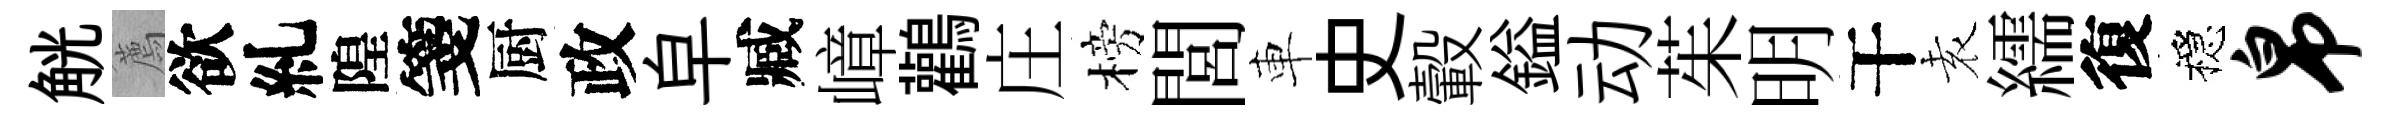
觥薦欲糺隍箋厨政皁臧嶂鸛庄榜閭車史轂鎰动茱明干𡊮繻復穩帛